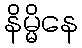
နိမ္မိနေ